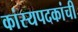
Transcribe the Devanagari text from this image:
कांस्यपदकांची